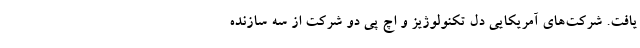
یافت. شرکت‌های آمریکایی دل تکنولوژیز و اچ پی دو شرکت از سه سازنده